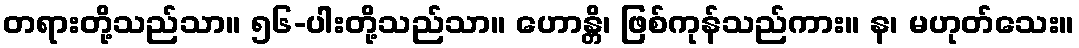
တရားတို့သည်သာ။ ၅၆-ပါးတို့သည်သာ။ ဟောန္တိ၊ ဖြစ်ကုန်သည်ကား။ န၊ မဟုတ်သေး။